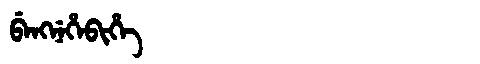
Manchu: ᠪᡝᠩᠨᡝᡥᡝᠪᡳᡥᡝ
Romanization: BENGNEHEBIHE